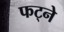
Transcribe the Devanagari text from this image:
फट्ने